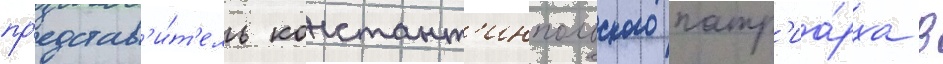
пр'едстав'и́т'ель констант'инпольского патр'иа́рха в